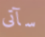
سآتى